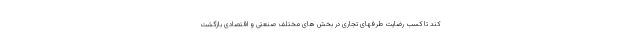
کند تا کسب رضایت طرفهای تجاری در بخش های مختلف صنعتی و اقتصادی بازگشت